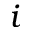
i